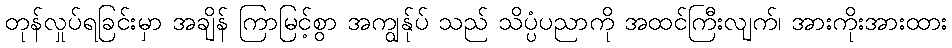
တုန်လှုပ်ရခြင်းမှာ အချိန် ကြာမြင့်စွာ အကျွန်ုပ် သည် သိပ္ပံပညာကို အထင်ကြီးလျက်၊ အားကိုးအားထား